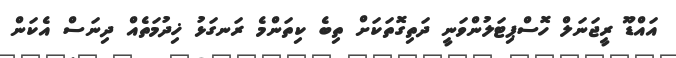
އައްޑޫ ރީޖަނަލް ހޮސްޕިޓަލުންވަނީ ދަތިގޮތަކަށް ތިބެ ކިތަންމެ ރަނގަޅު ޚިދުމަތެއް ދިނަސް އެކަން